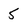
Character: 5